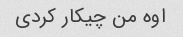
اوه من چیکار کردی